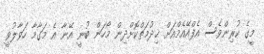
މީގެ ކުރިންވެސް އެފްއޭއެމްއަށް ޚިދުމަތްކޮށްދިން މޯހަން ބުނީ އޭނާ އެ މަގާމާ ހަވާލުވީ